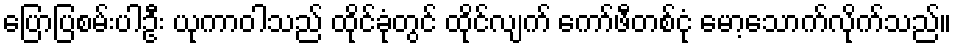
ပြောပြစမ်းပါဦး ယုကာဝါသည် ထိုင်ခုံတွင် ထိုင်လျက် ကော်ဖီတစ်ငုံ မော့သောက်လိုက်သည်။